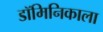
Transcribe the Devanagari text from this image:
डॉमिनिकाला